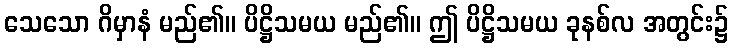
သေသော ဂိမှာနံ မည်၏။ ပိဋ္ဌိသမယ မည်၏။ ဤ ပိဋ္ဌိသမယ ခုနစ်လ အတွင်း၌